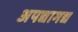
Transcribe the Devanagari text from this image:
अपद्यागद्य